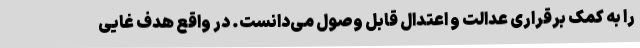
را به کمک برقراری عدالت و اعتدال قابل وصول می‌دانست. در واقع هدف غایی